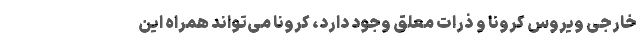
خارجی ویروس کرونا و ذرات معلق وجود دارد، کرونا می‌تواند همراه این